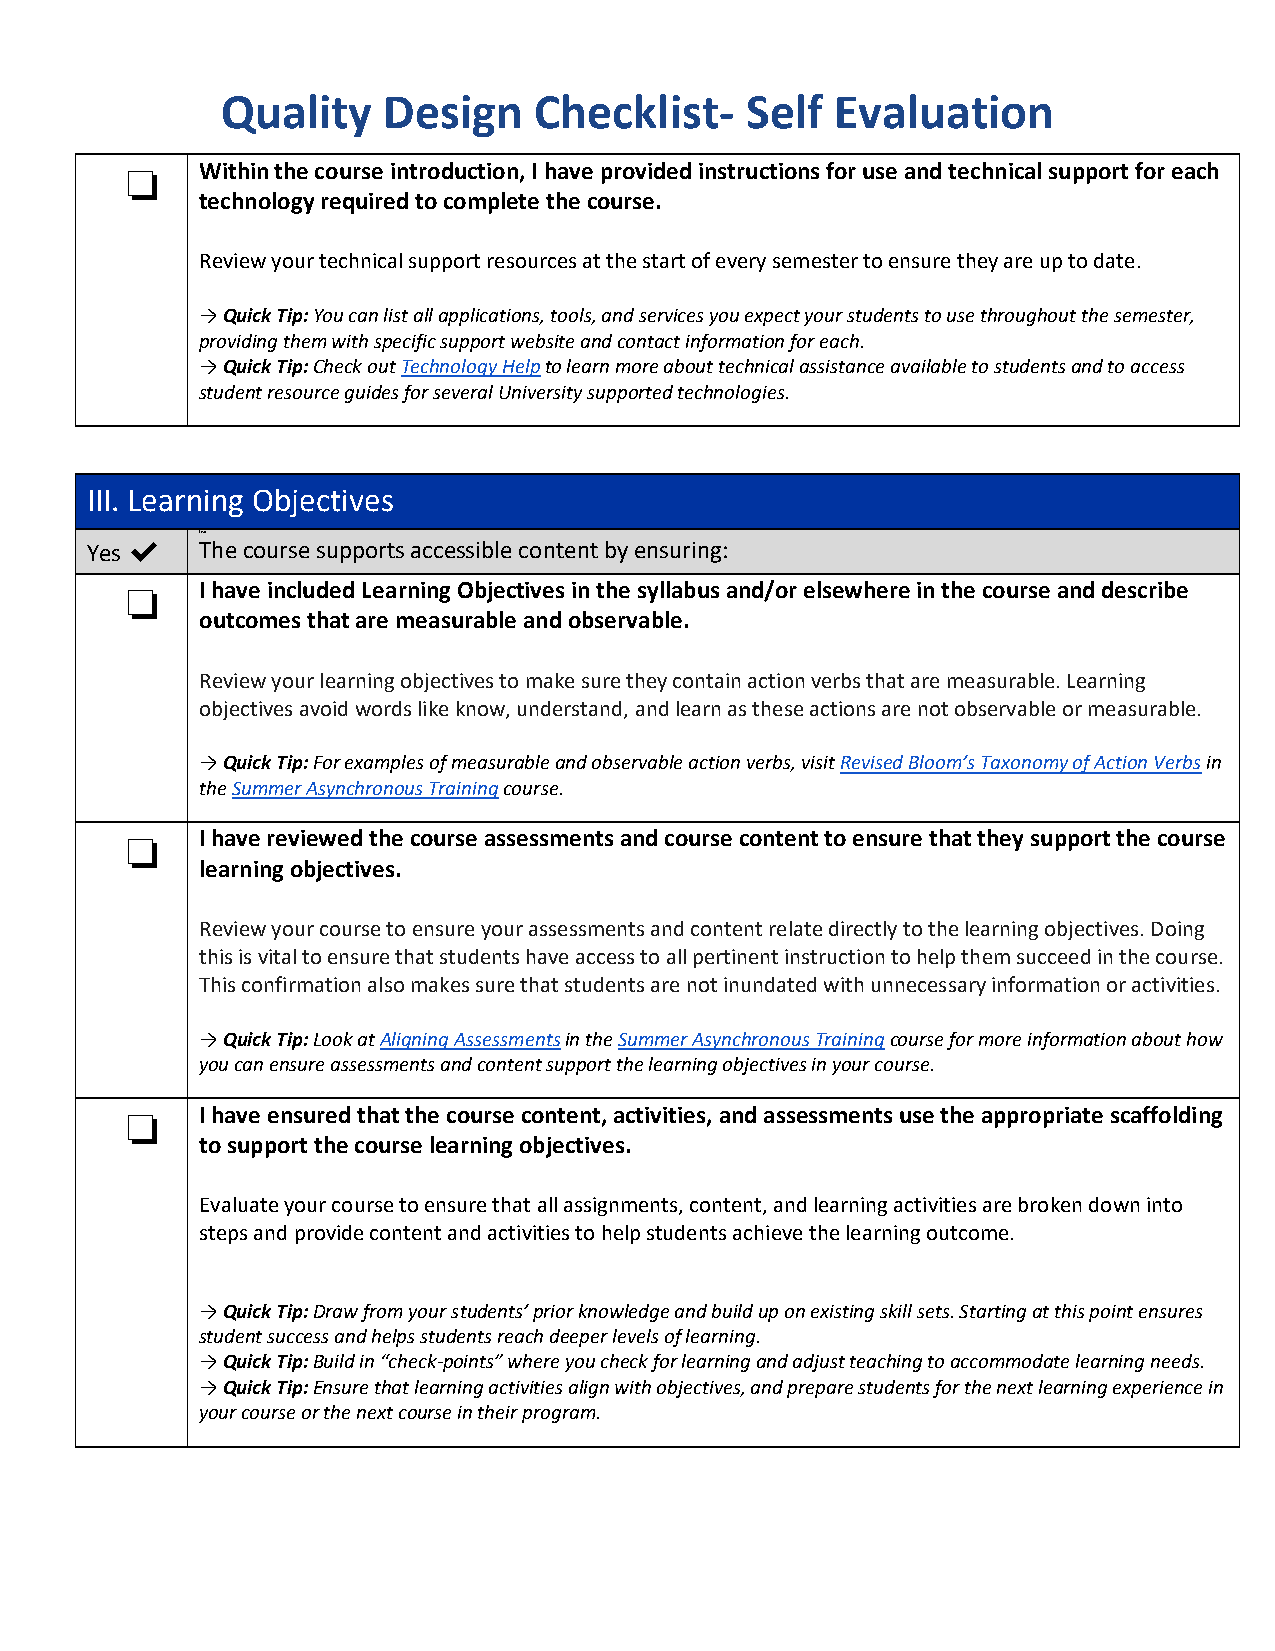
Quality   Design    Checklist-    Self  Evaluation
 Within the course introduction, I have provided instructions for use and technical support for each
 ❏    technology required to complete the course.
 Review your technical support resources at the start of every semester to ensure they are up to date.
 →Quick Tip: You can list all applications, tools, and services you expect your students to use throughout the semester,
 providing them with specific support website and contact information for each.
 →Quick Tip: Check out Technology Help to learn more about technical assistance available to students and to access
 student resource guides for several University supported technologies.
 III. Learning Objectives
 Lear
 Yes ✔  The course supports accessible content by ensuring:
 I have included Learning Objectives in the syllabus and/or elsewhere in the course and describe
 ❏    outcomes that are measurable and observable.
 Review your learning objectives to make sure they contain action verbs that are measurable. Learning
 objectives avoid words like know, understand, and learn as these actions are not observable or measurable.
 →Quick Tip: For examples of measurable and observable action verbs, visit Revised Bloom’s Taxonomy of Action Verbs in
 the Summer Asynchronous Training course.
 I have reviewed the course assessments and course content to ensure that they support the course
 ❏    learning objectives.
 Review your course to ensure your assessments and content relate directly to the learning objectives. Doing
 this is vital to ensure that students have access to all pertinent instruction to help them succeed in the course.
 This confirmation also makes sure that students are not inundated with unnecessary information or activities.
 →Quick Tip: Look at Aligning Assessments in the Summer Asynchronous Training course for more information about how
 you can ensure assessments and content support the learning objectives in your course.
 I have ensured that the course content, activities, and assessments use the appropriate scaffolding
 ❏    to support the course learning objectives.
 Evaluate your course to ensure that all assignments, content, and learning activities are broken down into
 steps and provide content and activities to help students achieve the learning outcome.
 →Quick Tip: Draw from your students’ prior knowledge and build up on existing skill sets. Starting at this point ensures
 student success and helps students reach deeper levels of learning.
 →Quick Tip: Build in “check-points” where you check for learning and adjust teaching to accommodate learning needs.
 →Quick Tip: Ensure that learning activities align with objectives, and prepare students for the next learning experience in
 your course or the next course in their program.